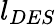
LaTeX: l_{DES}